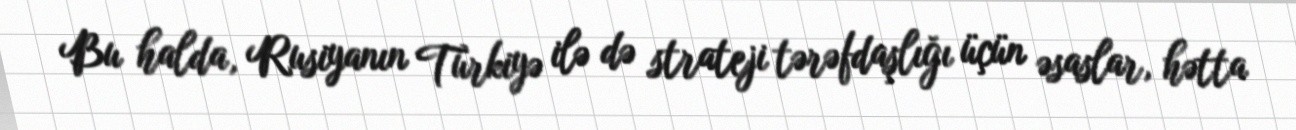
Bu halda, Rusiyanın Türkiyə ilə də strateji tərəfdaşlığı üçün əsaslar, hətta